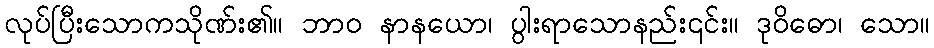
လုပ်ပြီးသောကသိုဏ်း၏။ ဘာဝ နာနယော၊ ပွါးရာသောနည်း၎င်း။ ဒုဝိဓော၊ သော။